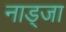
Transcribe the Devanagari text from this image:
नाड्जा